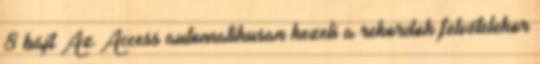
8 bájt Az Access automatikusan kezeli a rekordok felvételekor